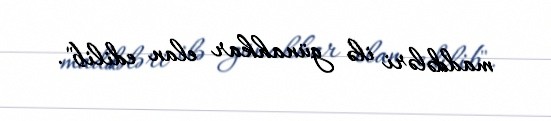
maddələri ilə günahkar elan edilib".